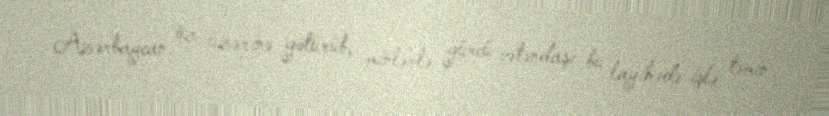
Azərbaycan öz üzərinə götürüb, minlərlə gürcü vətəndaşı bu layihədə işlə təmin